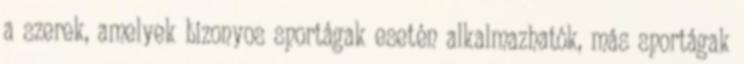
a szerek, amelyek bizonyos sportágak esetén alkalmazhatók, más sportágak